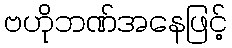
ဗဟိုဘဏ်အနေဖြင့်